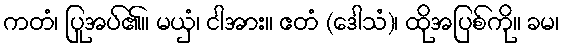
ကတံ၊ ပြုအပ်၏။ မယှံ၊ ငါအား။ ဧတံ (ဒေါသံ)၊ ထိုအပြစ်ကို။ ခမ၊